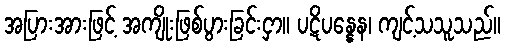
အပြားအားဖြင့် အကျိုးဖြစ်ပွားခြင်းငှာ။ ပဋိပန္နေန၊ ကျင့်သသူသည်။